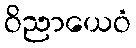
ဝိညာယေဝံ